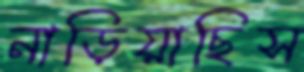
নাড়িয়াছিস